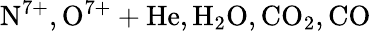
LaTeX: \mathrm{N^{7+},O^{7+}+He,H_{2}O,CO_{2},CO}